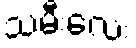
သမီးလေး